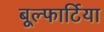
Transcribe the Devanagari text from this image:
बूल्फार्टिया